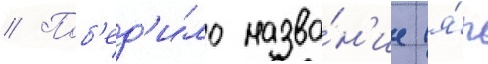
// Поб'ед'и́ло назва́н'ие (я́п